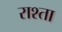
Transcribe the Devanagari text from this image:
राश्ता